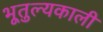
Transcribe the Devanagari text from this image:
भूतुल्यकाली